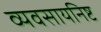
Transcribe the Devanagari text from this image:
व्यवसायनिष्ट